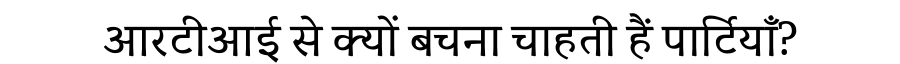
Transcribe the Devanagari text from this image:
आरटीआई से क्यों बचना चाहती हैं पार्टियाँ?